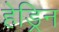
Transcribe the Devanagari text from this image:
हेड्रिन